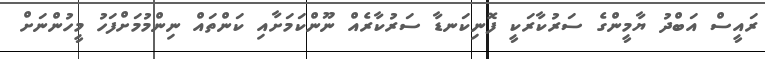
ރައީސް އަބްދު ޔާމީންގެ ސަރުކާރަކީ ފޮނިކަނޑާ ސަރުކާރެއް ނޫންކަމަށާއި ކަންތައް ނިންމުމަށްފަހު މީހުންނަށް